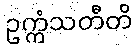
ဥက္ကံသတီတိ